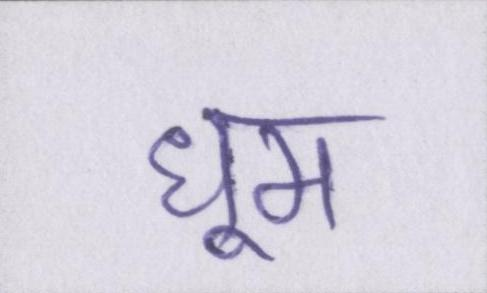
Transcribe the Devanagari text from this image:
धूम